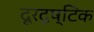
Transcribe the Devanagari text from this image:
दूरदृष्टिक